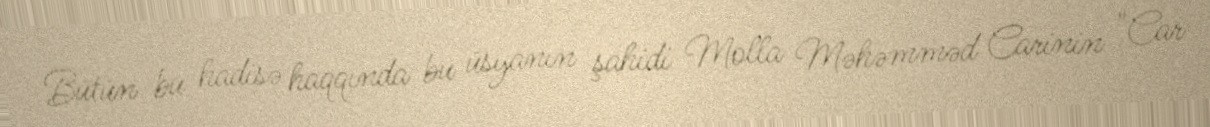
Bütün bu hadisə haqqında bu üsyanın şahidi Molla Məhəmməd Carinin "Car